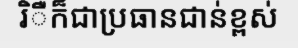
រិឺក៏ជាប្រធានជាន់ខ្ពស់